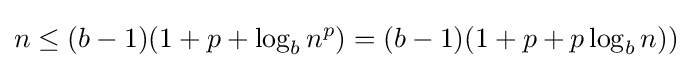
n\leq (b-1)(1+p+\log _{b}{n^{p}})=(b-1)(1+p+p\log _{b}{n}))